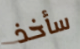
سأخذ